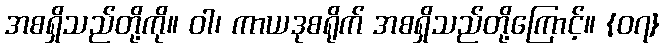
အစရှိသည်တို့ကို။ ဝါ၊ ကာယဒုစရိုက် အစရှိသည်တို့ကြောင့်။ {၀၇}